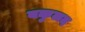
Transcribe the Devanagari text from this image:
बकुलद